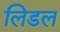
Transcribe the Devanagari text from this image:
लिडल